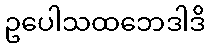
ဥပေါသထဘေဒါဒိ